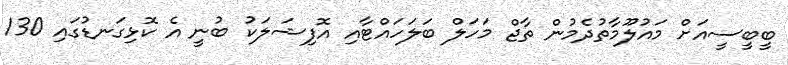
ބީބީސީއަށް މައުލޫމާތުދެމުން ތާޖް މަހަލް ބަލަހައްޓާއި އޮފިޝަލަކު ބުނީ އެ ކޮޅިގަނޑުގައި 130